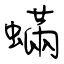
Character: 蟎